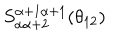
S _ { \alpha \alpha + 2 } ^ { \alpha + 1 \alpha + 1 } ( \theta _ { 1 2 } )